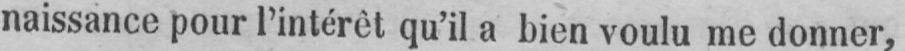
naissance pour l’intérêt qu’il a bien voulu me donner,